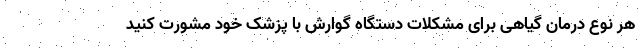
هر نوع درمان گیاهی برای مشکلات دستگاه گوارش با پزشک خود مشورت کنید